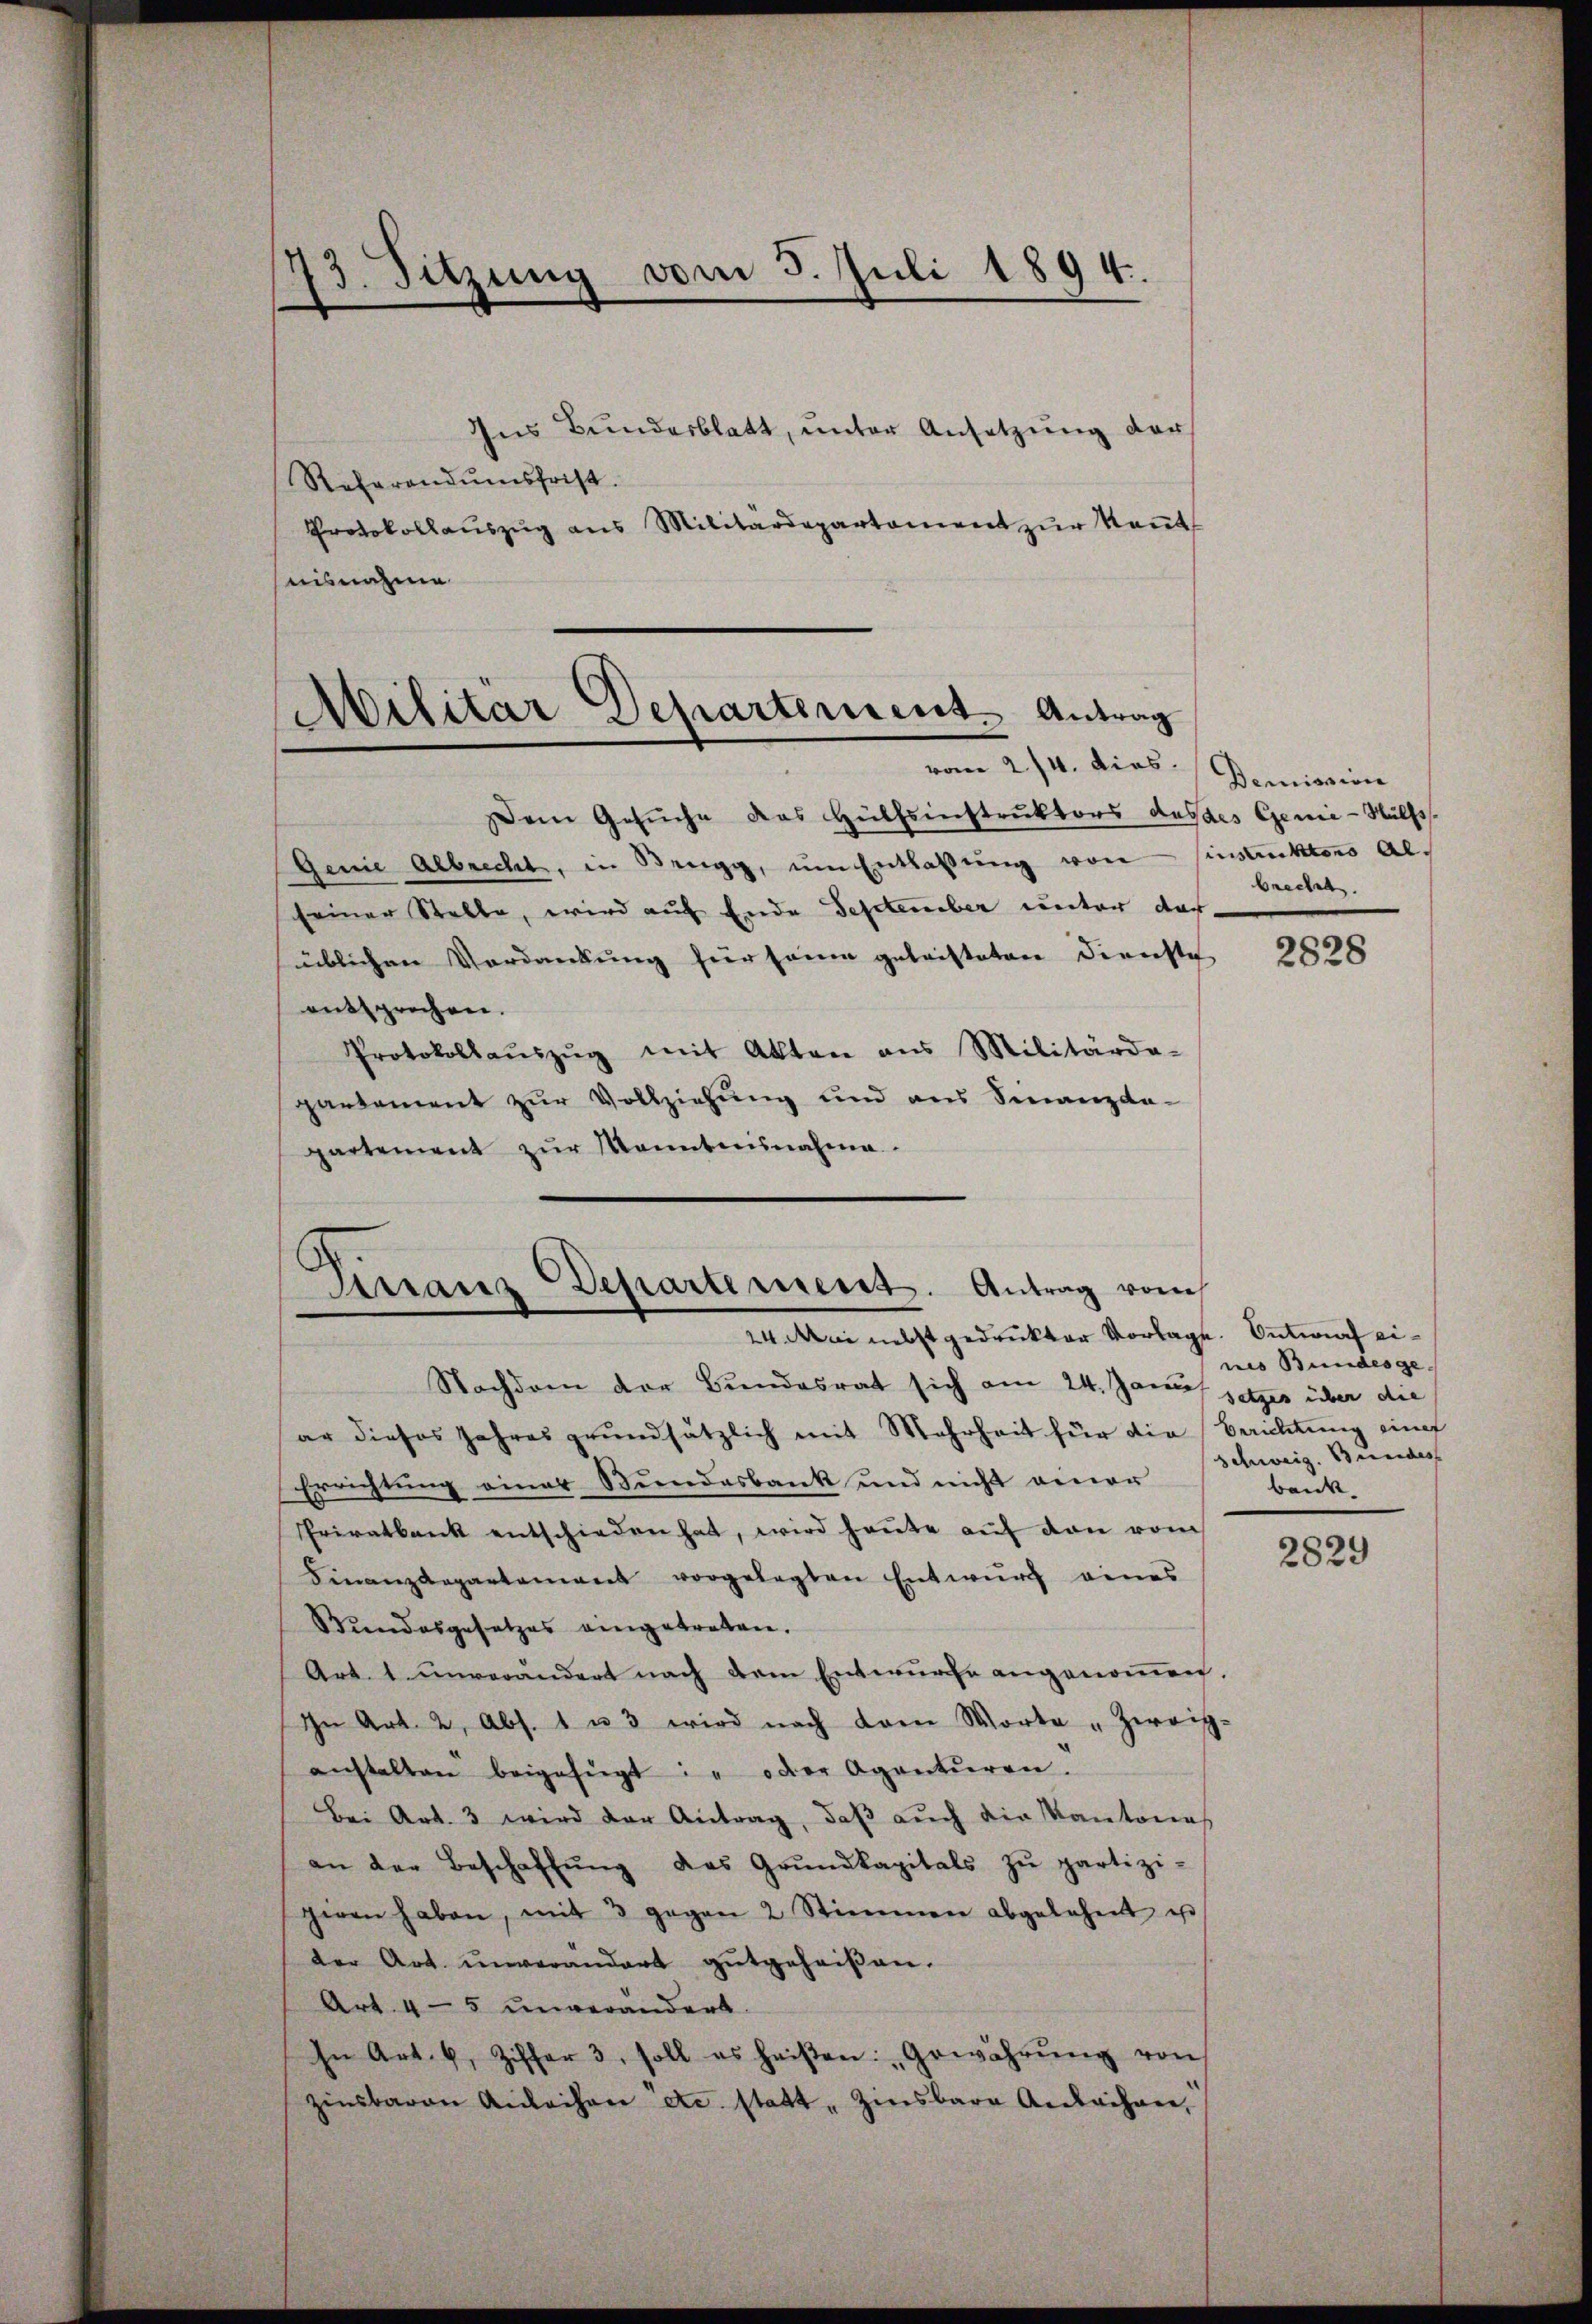
2
Jr. Sitzung vom 5. Juli 1894.

Ins Bundesblatt, unter Ansetzung der
Referandumsfrist.
Protokollauszug aus Militärdepartament zŭr Keṅt
nisnahme

Militär Departement. Antrag
vom 2/4. dies

Finanz-Departement. Antrag vom
24. Mai nebst gedruckter Vorlage. Entwurf ei¬

Dem Gesŭche das Hülfsinstruktors das des Genie-Hülfs¬
Genie Albrecht, in Brugg, um Entlassŭng von Einstickters Alseiner Stelle, wird auf Ende September unter dar,
üblichen Vordankung hier saum getrifteten Dienste
entsprochen.
Protokollaŭszŭg mit Akten ans Militärda-
partement zur Vollziehung und aus Finanzda-
partement zŭr Kenntnisnahme

Nachdem der Bundesrat sich am 24. Janu setzes über die
ar dieses Jahresgrundsätzlich mit Mehrheit für die Berichtung eine
Errichtung einer Bundesbank und nicht einer
Privatbank entschieden hat, wird heute auf von vom
Finanzdepartement vorgelegten Entwurf eines
Stundesgesetzes eingetreten.
Art. 1 unverändert nach dem Entwurfe angenommen.
Ihn Art. 2, Abs. 1 u. 3 wird nach dem Worte „Zweig-
anstalten beigefügt: " oder Agentŭren.
Bei Art. 3 wird der Antrag, daß auch die Kantones
an der Beschaffŭng das Grŭndkapitals zŭ partizi-
giren haben, mit 3 gegen 2 Stimmen abgelehnt ist
der Art. unverändert gutgeheißen.
Art. 4-5 unverändert.
In Art. 6, Ziffer 3. soll es heißen: „Gewährŭng von
zinsbaren Anleihen etc. statt „Zinsbare Anbahner,

Demission
brechet.

2828

nes Bundesge¬
Schweiz. Bundes
bank.

2829